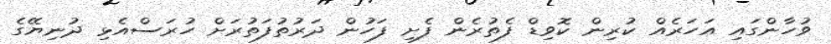
ވުހާންގައި އަހަރެއް ކުރިން ކޮވިޑް ފެތުރެން ފެށި ފަހުން ދަރުތުފަތުރަށް ހުރަސްއެޅި ދުނިޔޭގެ